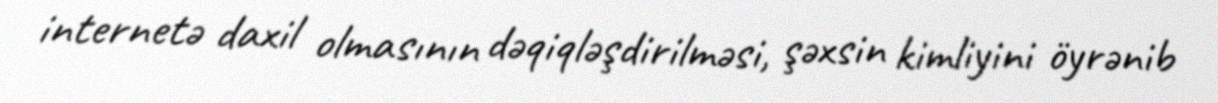
internetə daxil olmasının dəqiqləşdirilməsi, şəxsin kimliyini öyrənib